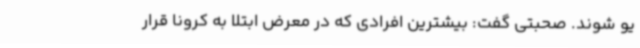
یو شوند. صحبتی گفت: بیشترین افرادی که در معرض ابتلا به کرونا قرار